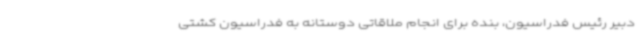
دبیر رئیس فدراسیون، بنده برای انجام ملاقاتی دوستانه به فدراسیون کشتی